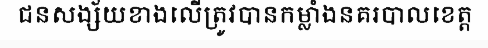
ជនសង្ស័យខាងលើត្រូវបានកម្លាំងនគរបាលខេត្ត